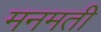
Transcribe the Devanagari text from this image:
मनमती